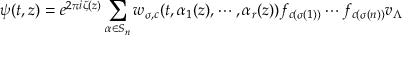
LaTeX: \psi ( t , z ) = e ^ { 2 \pi i \zeta ( z ) } \sum _ { \alpha \in S _ { n } } w _ { \sigma , c } ( t , \alpha _ { 1 } ( z ) , \cdots , \alpha _ { r } ( z ) ) f _ { c ( \sigma ( 1 ) ) } \cdots f _ { c ( \sigma ( n ) ) } v _ { \Lambda }